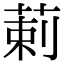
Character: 䓶